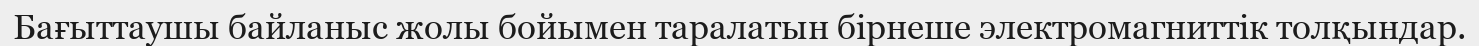
Бағыттаушы байланыс жолы бойымен таралатын бірнеше электромагниттік толқындар.